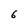
Character: 6